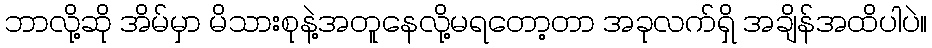
ဘာလို့ဆို အိမ်မှာ မိသားစုနဲ့အတူနေလို့မရတော့တာ အခုလက်ရှိ အချိန်အထိပါပဲ။